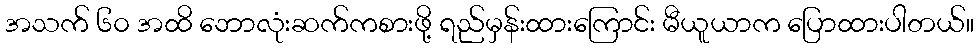
အသက် ၆၀ အထိ ဘောလုံးဆက်ကစားဖို့ ရည်မှန်းထားကြောင်း မီယူယာက ပြောထားပါတယ်။